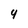
Character: 4